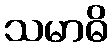
သမာဓိ